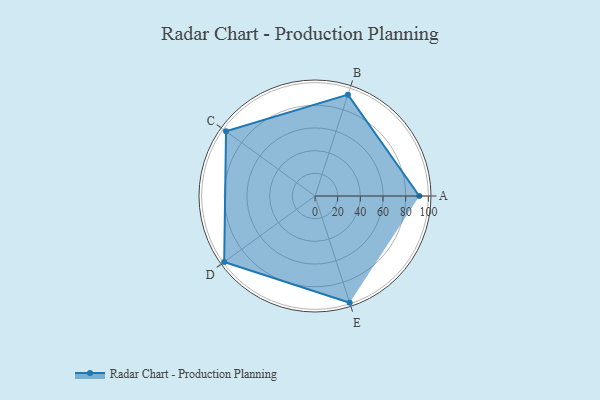
{"axis": {"x": "Skill", "y": "Score"}, "legend": ["Profile"], "data": [{"x": "A", "y": 92.0, "type": "Profile"}, {"x": "B", "y": 94.0, "type": "Profile"}, {"x": "C", "y": 97.0, "type": "Profile"}, {"x": "D", "y": 99.0, "type": "Profile"}, {"x": "E", "y": 99, "type": "Profile"}]}